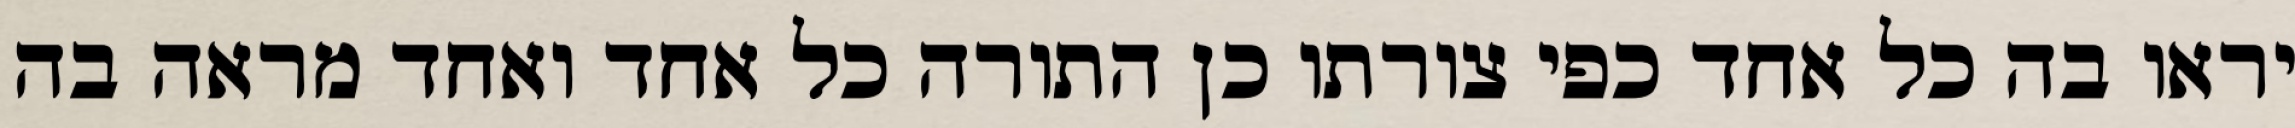
יראו בה כל אחד כפי צורתו כן התורה כל אחד ואחד מראה בה